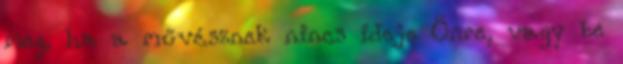
meg, ha a művésznek nincs ideje Önre, vagy be